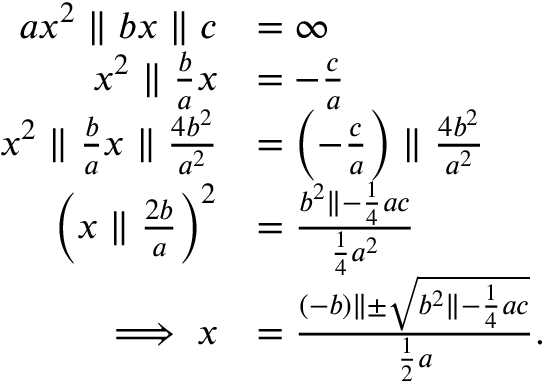
{ \begin{array} { r l } { a x ^ { 2 } \parallel b x \parallel c } & { = \infty } \\ { x ^ { 2 } \parallel { \frac { b } { a } } x } & { = - { \frac { c } { a } } } \\ { x ^ { 2 } \parallel { \frac { b } { a } } x \parallel { \frac { 4 b ^ { 2 } } { a ^ { 2 } } } } & { = \left( - { \frac { c } { a } } \right) \parallel { \frac { 4 b ^ { 2 } } { a ^ { 2 } } } } \\ { \left( x \parallel { \frac { 2 b } { a } } \right) ^ { 2 } } & { = { \frac { b ^ { 2 } \parallel - { \frac { 1 } { 4 } } a c } { { \frac { 1 } { 4 } } a ^ { 2 } } } } \\ { \implies x } & { = { \frac { ( - b ) \parallel \pm { \sqrt { b ^ { 2 } \parallel - { \frac { 1 } { 4 } } a c } } } { { \frac { 1 } { 2 } } a } } . } \end{array} }